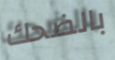
بالضحك